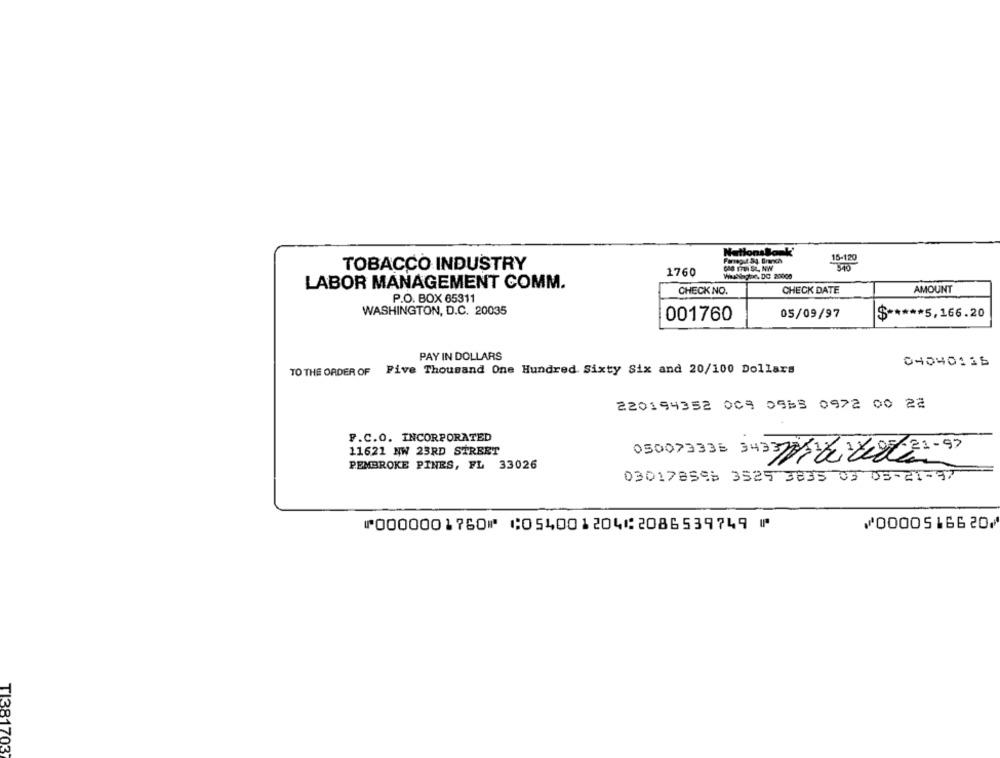
NationsBlank'
TOBACCO INDUSTRY
Fareput 33. Branch
15-120
1760
Withpon DO 200000
LABOR MANAGEMENT COMM.
CHECK DATE
CHECK NO.
AMOUNT
P.O. BOX 65311
WASHINGTON, D.C. 20035
001760
05/09/97
$ ***** 5,166.20
PAY IN DOLLARS
04040116
TO THE ORDER OF Five Thousand One Hundred Sixty Six and 20/100 Dollars
220194352 009 0918 0972 00 22
F.C.O. INCORPORATED
11621 NW 23RD STREET
050073333 3433621828221-97
PEMBROKE PINES, FL 33026
030178596 3525 3835 03 05-21-37
⑈0000001760⑈ ⑆054001204⑆2086539749 ⑈
⑇0000516620⑇
TI381703